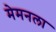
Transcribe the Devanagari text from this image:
मेमनला